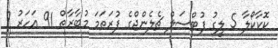
ކޮކާކޯލާ 5 ލީގު ފުޓްސަލް ޗެލެންޖްގެ ފުރަތަމަ މުބާރާތް 91 އަހަރު 7